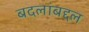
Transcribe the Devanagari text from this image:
बदलांबद्दल